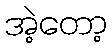
အဲ့တော့